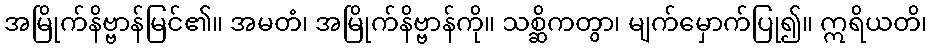
အမြိုက်နိဗ္ဗာန်မြင်၏။ အမတံ၊ အမြိုက်နိဗ္ဗာန်ကို။ သစ္ဆိကတွာ၊ မျက်မှောက်ပြု၍။ ဣရိယတိ၊